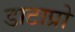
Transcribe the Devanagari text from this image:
डाटाप्रो